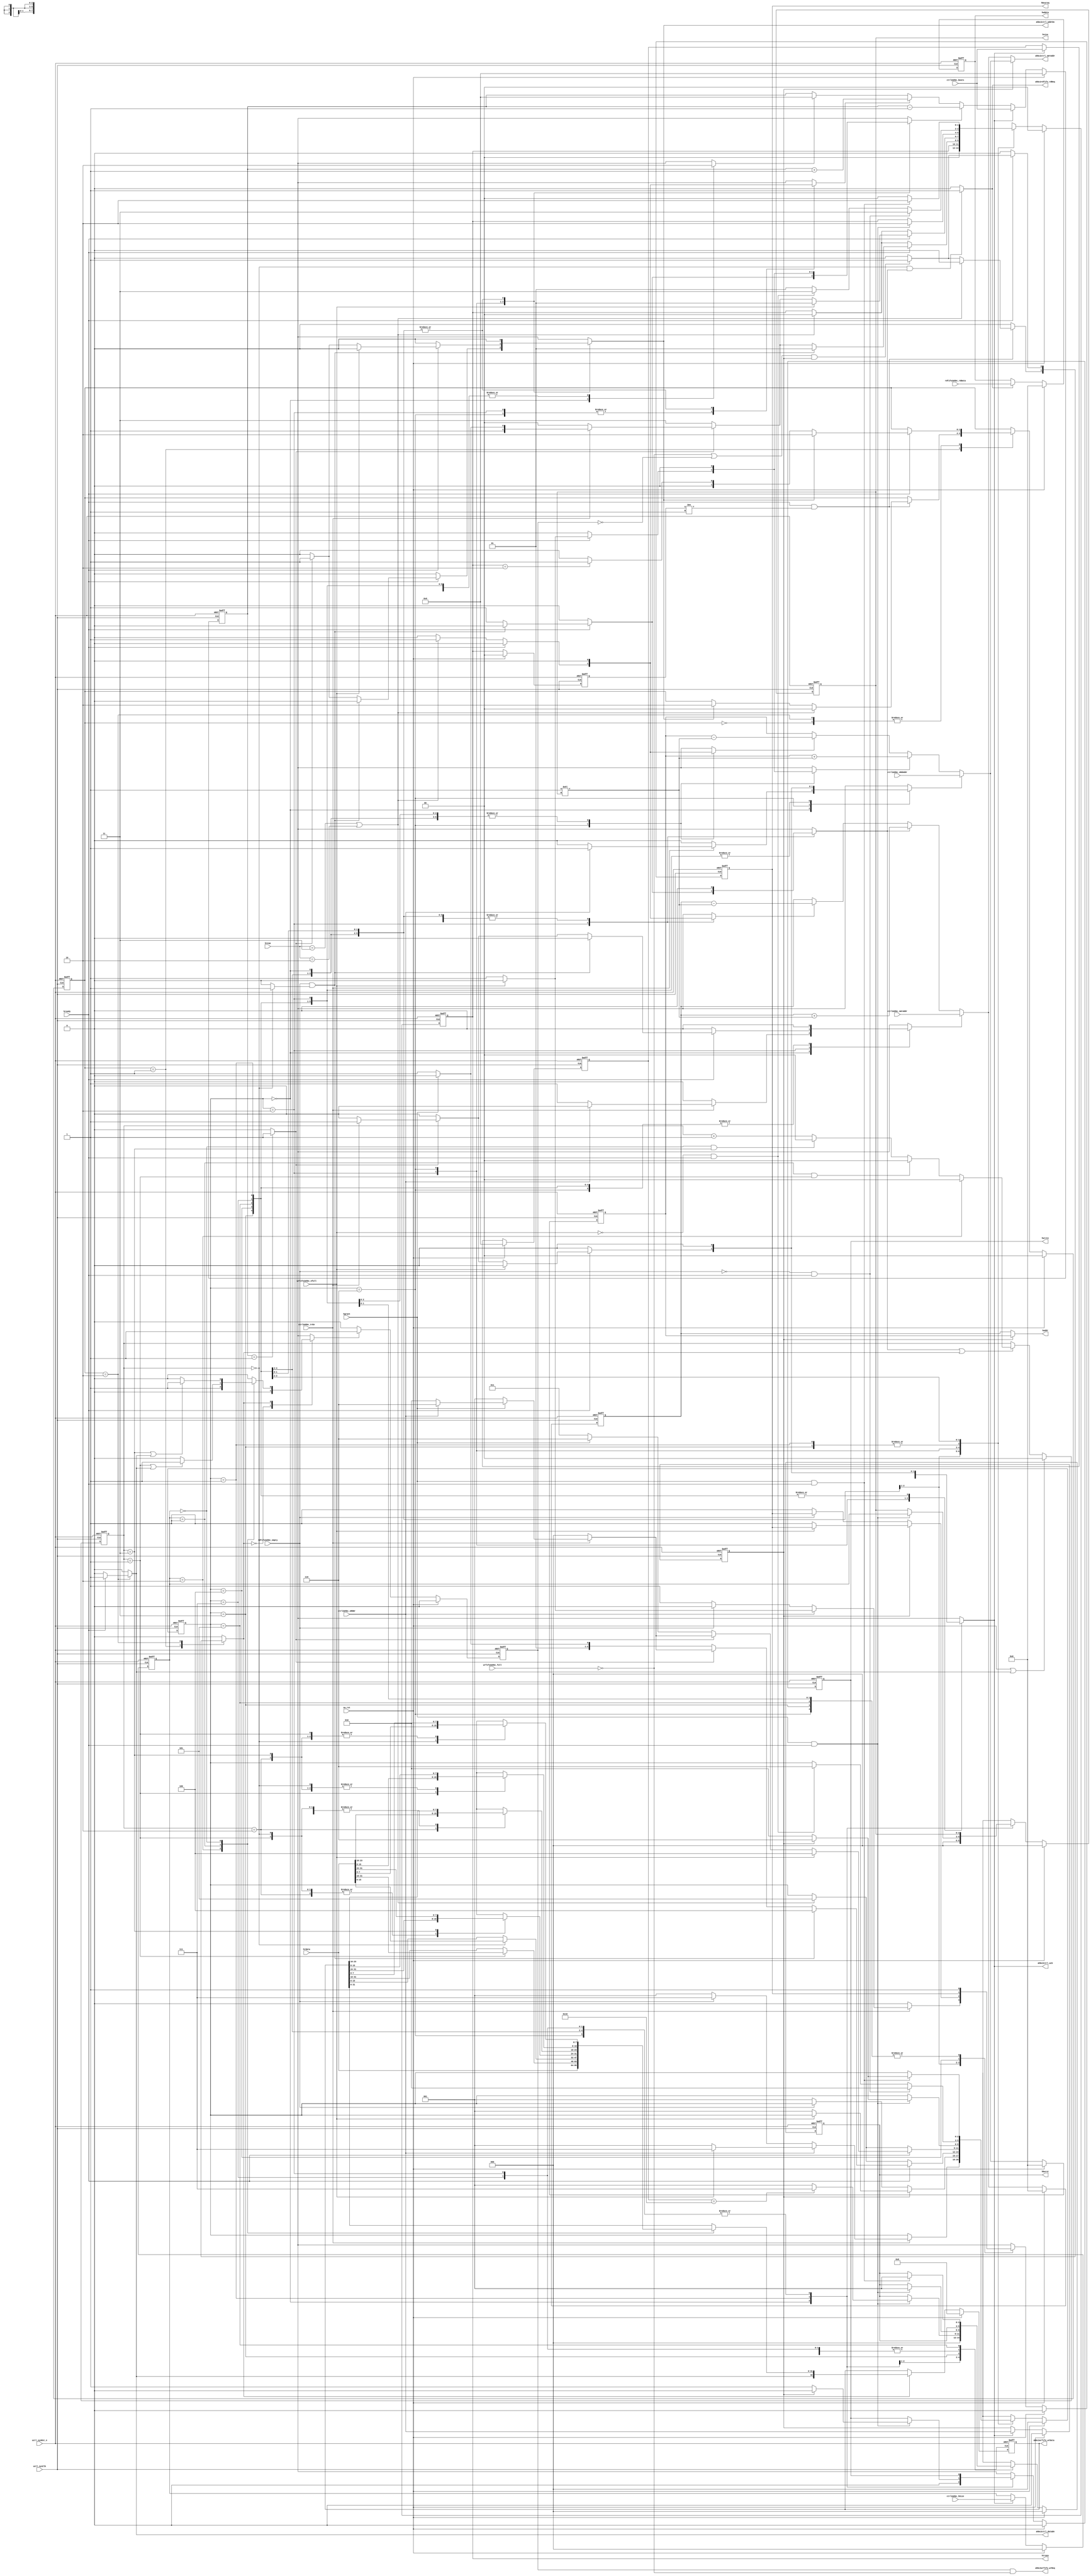
`timescale 1ns / 1ps
//-------------------------------------------------------------------
// Copyright  2012 TECHVULCAN, Inc. All rights reserved.		   
// TechVulcan Confidential and Proprietary
// Not to be used, copied reproduced in whole or in part, nor	   
// its contents							   
// revealed in any manner to others without the express written	   
// permission	of TechVulcan 					   
// Licensed Material.						   
// Program Property of TECHVULCAN Incorporated.	
// ------------------------------------------------------------------
// AUTHOR EMAIL	: anuj.pandey@techvulcan.com
// VERSION No.    : 0.4
//-------------------------------------------------------------------
//TODO fixes in 0.4
// 1. we were using ctrl2ahbc_sRdWr to check a condition while assinging haddr and ahbc2ctrl_sWrAddr bt now we are using ctrl2ahbc_sRdWr_loc.

//TODO fixes in 0.3
// 1. htrans_nxt we were making sequential without seeing Hready. Now we seeing hready while making it sequential from nonsequential.

//TODO  fixes in 0.2
// 1. hWrite issue has been resolved. Earlier it was going low for ahbWrite and high for ahbRead.


module uctl_ahbCore #(
   parameter CNTR_WD     = 20          ,                               
             ADDR_SIZE   = 32          ,
             DATA_SIZE   = 32

)(
   //---------------------------------------------------
   // global signals
   //---------------------------------------------------
   input  wire                   uctl_sysRst_n         , 

   //---------------------------------------------------
   // System clk and soft reset
   //---------------------------------------------------
   input  wire                   sw_rst                , 
   input  wire                   uctl_sysClk           , 
 
   //---------------------------------------------------
   //control logic signals
   //---------------------------------------------------

   input  wire                   ctrl2ahbc_trEn        , // enbl signl frm control logic 2 strt the trnsfr
   input  wire [4            :0] ctrl2ahbc_beats       , // no f beats in a burst ( length f trnsfr ) 
                                                         // wil count from 1 to 16
   input  wire [2            :0] ctrl2ahbc_hSize       , // width of transfer

   output reg                    ahbc2ctrl_ack         , // ack from ahb to ctrl logic dt info has recvd 
   output reg                    ahbc2ctrl_addrDn      , // after trsnfrin burst, done frm ahb 2 ctrl lgic  
   output reg                    ahbc2ctrl_dataDn      , // after trsnfrin whole data, done frm ahb 2 ctrl lgic
   output wire [31           :0] ahbc2ctrl_sWrAddr     ,

   input  wire [ADDR_SIZE  -1:0] ctrl2ahbc_sRdAddr     , // System memory address
   input  wire [ADDR_SIZE  -1:0] ctrl2ahbc_sWrAddr     ,
   input  wire                   ctrl2ahbc_sRdWr       , // Read or write operation ( 1 - read, 0 - write) 


   
   //---------------------------------------------------
   // RD FIFO signals
   //---------------------------------------------------
   output wire                   ahbc2rdfifo_rdReq     , 

   input  wire [DATA_SIZE  -1:0] rdfifo2ahbc_rdData    ,
   input  wire                   rdfifo2ahbc_empty     ,

   //---------------------------------------------------
   // WR FIFO signals
   //---------------------------------------------------
   output wire                   ahbc2wrfifo_wrReq     ,
   output wire [DATA_SIZE    :0] ahbc2wrfifo_wrData    ,

   input  wire                   wrfifo2ahbc_full      ,
   input  wire                   wrfifo2ahbc_nfull     ,


   //---------------------------------------------------
   // ahb slave interface
   //---------------------------------------------------

   output reg                    hbusreq               ,
   output reg                    hwrite                ,  
   output reg  [1            :0] htrans                ,
   output wire [ADDR_SIZE  -1:0] haddr                 ,
   output wire [DATA_SIZE  -1:0] hwdata                ,
   output reg  [2            :0] hsize                 ,   
   output reg  [2            :0] hburst                ,        

   input  wire [DATA_SIZE  -1:0] hrdata                ,
   input  wire                   hgrant                ,
   input  wire                   hready                ,
   input  wire [1            :0] hresp            
   );

   //---------------------------------------------------
   //internal wire/reg
   //---------------------------------------------------
   reg                     hwRegRdReq                  ;
   reg                     hrRegWrReq                  ;
   wire                    hrRegRdReq                  ;
   reg                     hrRegFull_f                 ; 

   reg                     set_hrRegFull_f             ;
   wire                    clr_hrRegFull_f             ;

   reg [1              :0] part_cntr                   ; 
   reg [4              :0] beat_cntr                   ; // reg loaded with no of bytes in a burst
   reg [ADDR_SIZE    -1:0] sys_RdAddr_loc              ;  
   reg [ADDR_SIZE    -1:0] sys_RdAddr_loc_nxt          ;  
   reg [ADDR_SIZE    -1:0] sys_WrAddr_loc              ;  
   reg [ADDR_SIZE    -1:0] sys_WrAddr_loc_nxt          ;  
                                                         
   reg [1              :0] htrans_d                    ;                   
                                                             
   reg                     sys_RdAddr_ld               ; 
   reg                     sys_WrAddr_ld               ;

   reg                     beat_cntr_decr              ; // decrement signal for byte counter
   reg                     beat_cntr_incr              ;

   reg                     sys_RdAddr_incr             ; // increment signal for sys add countr
   reg                     sys_WrAddr_incr             ; // increment signal for sys add countr

   reg [2              :0] cur_state_saddr             ; // current state for system address
   reg [2              :0] nxt_state_saddr             ; // next state for  system address

   reg [1              :0] cur_state_sdata             ; // current state of sys data
   reg [1              :0] nxt_state_sdata             ; // nxt state of sys data
 
   reg                     ctrl_param_ld               ; // signal which indicates whn 2 ld signls frm ctrl
   reg [2              :0] ctrlHsize_r                 ;
   reg [4              :0] ctrlBeats_r                 ; // if of 5 bits cz it wil count from 1 to 16
   reg [DATA_SIZE    -1:0] wdata_r                     ; // internal reg in ahb for storing data
   reg [DATA_SIZE      :0] rdata_r                     ;
   reg                     hbusreq_nxt                 ;
   reg [1              :0] htrans_nxt                  ;
   reg [2              :0] hsize_nxt                   ;
   reg [2              :0] hburst_nxt                  ;
   reg                     hwrite_nxt                  ;
   wire                    beat_cntr_is_1              ;    
   reg                     sys_WrAddr_decr             ;
   reg                     sys_RdAddr_decr             ;
   reg                     wtForDataDone               ;
   reg                     ctrl2ahbc_sRdWr_r           ;
   reg [DATA_SIZE      :0] rdata_r_nxt                 ;
   reg                     rst_part_cntr               ;
   wire                    part_reg_empty              ;
   reg                     rst_beat_cntr               ;

   //---------------------------------------------------
   // local param 
   //---------------------------------------------------
   //states for  address phase
   localparam IDLE    = 3'b000        ;
   localparam WTGNT   = 3'b001        ;
   localparam TRANSRD = 3'b010        ;//trsfr state whn readin from fifo
   localparam WTRGNT  = 3'b011        ;
   localparam BUSYST  = 3'b100        ;
   localparam SPRETST = 3'b101        ;
   localparam TRANSWR = 3'b110        ;//trsfr state whn writing into the fifo
   localparam WTDPRDY = 3'b111        ;

   //states for data phase
   localparam IDLED   = 3'b00         ,
              TRANS   = 3'b01         ,
              WTDDN   = 3'b10         ;

   //Hsize params
   localparam BYTE    = 3'b000        ;
   localparam HWORD   = 3'b001        ;
   localparam WORD    = 3'b010        ;   
 

   localparam HIDLE   = 2'b00         ;
   localparam HBUSY   = 2'b01         ;
   localparam NONSEQ  = 2'b10         ;
   localparam SEQ     = 2'b11         ;
   localparam INCR16  = 3'b111        ;
   localparam INCR    = 3'b001        ;

   localparam OKAY    = 2'b00         ;
   localparam ERROR   = 2'b01         ;
   localparam RETRY   = 2'b10         ;
   localparam SPLIT   = 2'b11         ;   

   localparam AHBRD   = 1'b1          ;
   localparam AHBWR   = 1'b0          ;

   //---------------------------------------------------
   //code starts from here
   //---------------------------------------------------

   // beat counter
   always @ (posedge uctl_sysClk or negedge uctl_sysRst_n) begin
      // beat_cntr is of 5 bits..it wil count from 1 to 16
      if(!uctl_sysRst_n) begin
         beat_cntr <= {5{1'b0}};             
      end
      else if(sw_rst) begin //TODO beat counter we have to rst whn ahbc2ctrl_dn is high ????
         beat_cntr <= {5{1'b0}};             
      end
      else begin
         if(ctrl_param_ld) begin
            beat_cntr <=ctrl2ahbc_beats;
         end
         else if (beat_cntr_decr)begin
            beat_cntr <= beat_cntr - 5'd1; 
         end
         else if(beat_cntr_incr)begin
            beat_cntr <= beat_cntr + 5'd1;
         end
         else if(rst_beat_cntr)begin
            beat_cntr <= 5'b00000;
         end
      end
   end


   always @ (posedge uctl_sysClk or negedge uctl_sysRst_n) begin
      if(!uctl_sysRst_n)begin
         htrans_d <= 2'b00;
      end
      else if(sw_rst) begin
         htrans_d <= 2'b00;
      end
      else begin
         htrans_d <= htrans;
      end
   end


   assign ahbc2rdfifo_rdReq   = (part_cntr == 2'b00 && hwRegRdReq == 1'b1) ? 1'b1: 1'b0;
   assign part_reg_empty      = (part_cntr == 2'b00) ? 1'b1: 1'b0;//TODO to be asked

   always @ (posedge uctl_sysClk or negedge uctl_sysRst_n) begin
      if(!uctl_sysRst_n)begin
         ctrl2ahbc_sRdWr_r <= 1'b0;
      end
      else if(sw_rst) begin
         ctrl2ahbc_sRdWr_r <= 1'b0;
      end
      else if(ctrl_param_ld)begin
         ctrl2ahbc_sRdWr_r <= ctrl2ahbc_sRdWr ;
      end
   end

   always @ (posedge uctl_sysClk or negedge uctl_sysRst_n) begin
      if(!uctl_sysRst_n) begin
         part_cntr <= {2{1'b0}};             
      end
      else if(sw_rst || rst_part_cntr) begin
         part_cntr <= {2{1'b0}};             
      end
      else begin
         if(hwRegRdReq || hrRegWrReq) begin
            if(ctrlHsize_r == WORD) begin
               part_cntr <= 2'b00;
            end
            else if (ctrlHsize_r == HWORD && part_cntr == 2'b01) begin
               part_cntr <= 2'b00;
            end
            else if (ctrlHsize_r == BYTE  && part_cntr == 2'b11) begin
               part_cntr <= 2'b00;
            end
            else begin
               part_cntr <= part_cntr + 1'b1;
            end
         end
      end
   end
  
   // system read address
   always@(*) begin
      if(sys_RdAddr_ld) begin
         sys_RdAddr_loc_nxt = ctrl2ahbc_sRdAddr;
      end
      else if(sys_RdAddr_incr)begin 
         sys_RdAddr_loc_nxt = sys_RdAddr_loc + (1<<hsize) ;
      end
      else if(sys_RdAddr_decr)begin
         sys_RdAddr_loc_nxt = sys_RdAddr_loc - (1<<hsize) ;
      end
      else begin
         sys_RdAddr_loc_nxt = sys_RdAddr_loc;
      end    
   end

   always @ (posedge uctl_sysClk or negedge uctl_sysRst_n) begin
      if(!uctl_sysRst_n) begin
         sys_RdAddr_loc <= {ADDR_SIZE{1'b0}};
      end
      else if(sw_rst) begin
         sys_RdAddr_loc <= {ADDR_SIZE{1'b0}};
      end
      else begin
         sys_RdAddr_loc <= sys_RdAddr_loc_nxt;
      end
   end

   // system write address
   always@(*) begin
      if(sys_WrAddr_ld) begin
         sys_WrAddr_loc_nxt = ctrl2ahbc_sWrAddr;
      end
      else if(sys_WrAddr_incr)begin 
         sys_WrAddr_loc_nxt = sys_WrAddr_loc + (1<<hsize) ;
      end
      else if(sys_WrAddr_decr)begin
         sys_WrAddr_loc_nxt = sys_WrAddr_loc - (1<<hsize) ;
      end
      else begin
         sys_WrAddr_loc_nxt = sys_WrAddr_loc;
      end    
   end

   always @ (posedge uctl_sysClk or negedge uctl_sysRst_n) begin
      if(!uctl_sysRst_n) begin
         sys_WrAddr_loc <= {ADDR_SIZE{1'b0}};
      end
      else if(sw_rst) begin
         sys_WrAddr_loc <= {ADDR_SIZE{1'b0}};
      end
      else begin
        sys_WrAddr_loc  <= sys_WrAddr_loc_nxt;

      end
   end

   //TODO: Merge the rd and wr addr counters
   assign ahbc2ctrl_sWrAddr =  (ctrl2ahbc_sRdWr_r == AHBWR) ? sys_WrAddr_loc_nxt : sys_RdAddr_loc_nxt;

   always @ (posedge uctl_sysClk or negedge uctl_sysRst_n) begin
      if(!uctl_sysRst_n) begin
         ctrlBeats_r <= 5'b00000;
         ctrlHsize_r <= 3'b000;
      end
      else if(sw_rst) begin
         ctrlBeats_r <= 5'b00000;
         ctrlHsize_r <= 3'b000;
      end
      else if (ctrl_param_ld) begin
         ctrlBeats_r <= ctrl2ahbc_beats;
         ctrlHsize_r <= ctrl2ahbc_hSize;
      end
      else begin
         ctrlBeats_r <= ctrlBeats_r; 
         ctrlHsize_r <= ctrlHsize_r; 
      end
      
   end

  always @ (posedge uctl_sysClk or negedge uctl_sysRst_n) begin
      if(!uctl_sysRst_n) begin
         wdata_r <= {DATA_SIZE{1'b0}};
		end
      else if(sw_rst) begin
         wdata_r <= {DATA_SIZE{1'b0}};
		end
      else begin
         if(ahbc2rdfifo_rdReq) begin
            wdata_r <= rdfifo2ahbc_rdData;
         end
      end
   end

   assign haddr  = (ctrl2ahbc_sRdWr_r == AHBWR) ? sys_WrAddr_loc : sys_RdAddr_loc ;

   assign hwdata = wdata_r;
  
   always@(*) begin
      rdata_r_nxt = {ahbc2ctrl_dataDn, rdata_r[31:0]};
      case (ctrlHsize_r)
         WORD: begin
            rdata_r_nxt[31:0] = hrdata;
         end
         HWORD: begin
            case(part_cntr)
               2'b00    : rdata_r_nxt[15:00] = hrdata[15:00];
               2'b01    : rdata_r_nxt[31:16] = hrdata[31:16];
            endcase
         end
         BYTE: begin
            case(part_cntr)
               2'b00    : rdata_r_nxt[07:00] = hrdata[07:00];
               2'b01    : rdata_r_nxt[15:08] = hrdata[15:08];
               2'b10    : rdata_r_nxt[23:16] = hrdata[23:16];
               2'b11    : rdata_r_nxt[31:24] = hrdata[31:24];
            endcase
         end
      endcase
   end

   always@(posedge uctl_sysClk or negedge uctl_sysRst_n)begin
      if(!uctl_sysRst_n)begin
         rdata_r <= {DATA_SIZE{1'b0}};
      end
      else if(sw_rst)begin
         rdata_r <= {DATA_SIZE{1'b0}};
      end
      else begin
         if(hrRegWrReq) begin
            rdata_r <= rdata_r_nxt; 
         end
      end
   end
   assign ahbc2wrfifo_wrData = rdata_r;
   
   assign hrRegRdReq = (hrRegFull_f && !wrfifo2ahbc_full);
   assign ahbc2wrfifo_wrReq = hrRegRdReq; 

   assign clr_hrRegFull_f = 1'b1;
   always@(*) begin
      set_hrRegFull_f = 1'b0;
      case (hrRegWrReq)
         1'b0: begin
            set_hrRegFull_f = 1'b0;
         end
         1'b1: begin
            case (ctrlHsize_r)
               WORD: begin
                  set_hrRegFull_f = 1'b1;
               end
               HWORD: begin
                  if(part_cntr == 2'b01 || ahbc2ctrl_dataDn == 1'b1)begin
                     set_hrRegFull_f = 1'b1;
                  end
                  else begin
                     set_hrRegFull_f = 1'b0;
                  end
               end
               BYTE: begin
                  if(part_cntr == 2'b11 || ahbc2ctrl_dataDn == 1'b1) begin
                     set_hrRegFull_f = 1'b1;
                  end
                  else begin
                     set_hrRegFull_f = 1'b0;
                  end
               end
            endcase
         end
      endcase
   end

   always @ (posedge uctl_sysClk or negedge uctl_sysRst_n) begin
      if(!uctl_sysRst_n) begin
         hrRegFull_f <= 1'b0;
      end
      else if (sw_rst) begin
         hrRegFull_f <= 1'b0;
      end
      else begin
         if(set_hrRegFull_f) begin
            hrRegFull_f <= 1'b1;
         end
         else if(clr_hrRegFull_f) begin
            hrRegFull_f <= 1'b0;
         end
      end
   end


   
   always @ (posedge uctl_sysClk or negedge uctl_sysRst_n) begin
      if(!uctl_sysRst_n) begin
         hbusreq <= 1'b0;                     
         htrans  <= HIDLE;                     
         hsize   <= 3'b000;                     
         hburst  <= 3'b000;  
         hwrite  <= 1'b0;                    
      end   
      else if(sw_rst) begin
         hbusreq <= 1'b0;                     
         htrans  <= HIDLE;                     
         hsize   <= 3'b000;                     
         hburst  <= 3'b000;  
         hwrite  <= 1'b0;                    
      end   
      else begin
         hbusreq <= hbusreq_nxt;                     
         htrans  <= htrans_nxt;                     
         hsize   <= hsize_nxt;                     
         hburst  <= hburst_nxt;
         hwrite  <= hwrite_nxt;
      end 
   end

   assign beat_cntr_is_1 = (beat_cntr == 5'b00001) ? 1'b1 : 1'b0;


   // sys address state machine
   // -------------------------------------
   always@(*) begin
      nxt_state_saddr   = cur_state_saddr;
      hwrite_nxt        = hwrite; 
      hbusreq_nxt       = hbusreq;
      htrans_nxt        = htrans;                     
      hburst_nxt        = hburst;
      ahbc2ctrl_ack     = 1'b0;
      hsize_nxt         = hsize;
      wtForDataDone     = 1'b0;
      ahbc2ctrl_addrDn  = 1'b0;
      ctrl_param_ld     = 1'b0;
      hwRegRdReq        = 1'b0;
      beat_cntr_decr    = 1'b0;
      beat_cntr_incr    = 1'b0;
      sys_RdAddr_ld     = 1'b0;
      sys_WrAddr_ld     = 1'b0;
      sys_WrAddr_decr   = 1'b0;
      sys_RdAddr_decr   = 1'b0;
      sys_WrAddr_incr   = 1'b0;
      sys_RdAddr_incr   = 1'b0;
      rst_beat_cntr     = 1'b0;
      case(cur_state_saddr) 
         // default state 
         IDLE: begin//{
            htrans_nxt = HIDLE;
            hwrite_nxt = 1'b0;
            hbusreq_nxt= 1'b0;
            hburst_nxt = 3'b000;
            hsize_nxt  = BYTE;
            rst_beat_cntr = 1'b1;
            if(ctrl2ahbc_trEn == 1'b1)begin
               ctrl_param_ld        = 1'b1;  
               ahbc2ctrl_ack        = 1'b1;
               if(ctrl2ahbc_sRdWr== AHBRD)begin
                  sys_RdAddr_ld  = 1'b1;
                  if(wrfifo2ahbc_nfull == 1'b1) begin
                     nxt_state_saddr = WTDPRDY;
                  end
                  else begin
                     nxt_state_saddr    = WTGNT;
                     hbusreq_nxt        = 1'b1;
                  end
               end
               else begin
                  sys_WrAddr_ld  = 1'b1;
                  if(rdfifo2ahbc_empty) begin
                     nxt_state_saddr = WTDPRDY;
                  end
                  else begin
                     nxt_state_saddr    = WTGNT;
                     hbusreq_nxt        = 1'b1;
                  end
               end
            end

         end//}

         WTDPRDY: begin
            if(ctrl2ahbc_sRdWr_r == AHBRD) begin
               if(wrfifo2ahbc_nfull == 1'b0) begin
                  hbusreq_nxt     = 1'b1;
                  nxt_state_saddr = WTGNT;
               end
            end
            else begin
               if(!rdfifo2ahbc_empty) begin
                  hbusreq_nxt     = 1'b1;
                  nxt_state_saddr = WTGNT;
               end
            end
         end

         // state when waiting for Bus grant
         WTGNT:  begin
            hbusreq_nxt          = 1'b1;
            if(hgrant == 1'b1 && hready == 1'b1) begin
               htrans_nxt          = NONSEQ;
               hsize_nxt           = ctrlHsize_r;

               if(ctrl2ahbc_sRdWr_r==AHBWR)     begin
                  nxt_state_saddr  = TRANSRD; //ahbWrite
                  hwrite_nxt       = 1'b1;
               end
               else begin
                  nxt_state_saddr  = TRANSWR; //ahbRead
                  hwrite_nxt       = 1'b0;
               end

               if(ctrlBeats_r == 5'b10000)       begin
                  hburst_nxt       = INCR16; 
               end
               else begin
                  hburst_nxt       = INCR;
               end
            end
         end


         // transfer state for reading from fifo--write state w.r.t ahb slave 
         TRANSRD: begin // ahbWrite
            hbusreq_nxt      = 1'b1;
            if(hready)begin
               htrans_nxt       = SEQ;
               if(rdfifo2ahbc_empty && part_reg_empty)begin
                  nxt_state_saddr = BUSYST;               
                  htrans_nxt      = HBUSY;
               end
               else begin//{
                  hwRegRdReq  = 1'b1;
                  sys_WrAddr_incr   = 1'b1;
                  beat_cntr_decr   = 1'b1;
                  // The last address phase is going on
                  if(beat_cntr_is_1) begin
                     if(ctrl2ahbc_trEn) begin
                        ctrl_param_ld   = 1'b1;
                        sys_WrAddr_ld   = 1'b1;
                        hbusreq_nxt     = 1'b1;
                        ahbc2ctrl_ack   = 1'b1;
                        if(hgrant)  begin
                           if(ctrl2ahbc_sRdWr == AHBWR)begin
                              nxt_state_saddr   = TRANSRD;
                           end 
                           else begin
                              nxt_state_saddr   = TRANSWR;
                           end               
                           htrans_nxt        = NONSEQ; // new burst
                        end
                        else begin
                           nxt_state_saddr = WTGNT;
                        end
                     end
                     else begin
                        nxt_state_saddr = IDLE;               
                        htrans_nxt      = HIDLE;
                     end
                     wtForDataDone    =  1'b1;
                     ahbc2ctrl_addrDn =  1'b1;
                  end
                  else if (hgrant) begin
                     nxt_state_saddr  = TRANSRD;
                  end
                  else if (~hgrant) begin 
                     // Lost the grant in the mid of transfer.
                     // wait for grant again. This time we
                     // always go for INCR.
                     nxt_state_saddr = WTRGNT;
                  end
               end//}
            end
            else if(hresp == SPLIT || hresp == RETRY)begin
               nxt_state_saddr = SPRETST;
               htrans_nxt      = HIDLE;
               sys_WrAddr_decr = 1'b1;
               beat_cntr_incr  = 1'b1;
               hbusreq_nxt     = 1'b1;
            end//hready
         end
         
         // transfr state for writing into the fifo..reading w.r.t ahb slave
         TRANSWR: begin // ahbRead
            hbusreq_nxt          = 1'b1;
            if(hready)begin
               htrans_nxt           = SEQ;
               if(wrfifo2ahbc_nfull == 1'b1)begin
                  nxt_state_saddr = BUSYST;               
                  htrans_nxt      = HBUSY;
               end
               else begin//{
                  beat_cntr_decr   = 1'b1;
                  sys_RdAddr_incr  = 1'b1;
                  // The last address phase is going on
                  if(beat_cntr_is_1) begin
                     if(ctrl2ahbc_trEn) begin
                        if(hgrant)  begin
                           if(ctrl2ahbc_sRdWr == AHBWR)begin
                              nxt_state_saddr   = TRANSRD;
                           end 
                           else begin
                              nxt_state_saddr   = TRANSWR;
                           end               
                           htrans_nxt      = NONSEQ; // new burst
                        end
                        else begin
                           nxt_state_saddr = WTGNT;
                        end
                        ctrl_param_ld     = 1'b1;
                        sys_RdAddr_ld     = 1'b1;
                        hbusreq_nxt       = 1'b1;
                        ahbc2ctrl_ack     = 1'b1;
                     end
                     else begin
                        nxt_state_saddr = IDLE;               
                        htrans_nxt      = HIDLE;
                     end
                     wtForDataDone    = 1'b1;
                     ahbc2ctrl_addrDn = 1'b1;
                  end
                  else if (hgrant) begin
                     nxt_state_saddr  = TRANSWR;
                  end
                  else if (~hgrant) begin 
                     // Lost the grant in the mid of transfer.
                     // wait for grant again. This time we
                     // always go for INCR.
                     nxt_state_saddr = WTRGNT;
                  end
               end//}
            end
            else if(hresp == SPLIT || hresp == RETRY)begin
               nxt_state_saddr = SPRETST;
               htrans_nxt      = HIDLE;
               sys_RdAddr_decr = 1'b1;
               beat_cntr_incr  = 1'b1;
               hbusreq_nxt     = 1'b1;
            end//hready

         end


         // wait for Re-grant state
         WTRGNT: begin
            hbusreq_nxt          = 1'b1;
            if(hgrant && hready)begin
               htrans_nxt       = NONSEQ;  // new transfer
               hburst_nxt       = INCR;    // always INCR

               if(ctrl2ahbc_sRdWr_r==AHBWR)begin
                  nxt_state_saddr  = TRANSRD;
               end
               else begin
                  nxt_state_saddr  = TRANSWR;
               end
            end
         end
         
         // when fifo is either full or empty
         BUSYST: begin
            if(!rdfifo2ahbc_empty && hready)begin
               nxt_state_saddr = TRANSRD;               
               htrans_nxt      = SEQ;
            end
            else if(!wrfifo2ahbc_nfull && hready)begin
               nxt_state_saddr = TRANSWR;               
               htrans_nxt      = SEQ;
            end
            else begin
               htrans_nxt      = HBUSY;
            end
         end


         //split-retry state
         SPRETST: begin                                          
            hbusreq_nxt = 1'b1;
            if(hgrant & hready) begin
               if(ctrl2ahbc_sRdWr_r==AHBWR)begin
                  nxt_state_saddr = TRANSRD;
               end
               else begin
                  nxt_state_saddr = TRANSWR;
               end
               htrans_nxt = NONSEQ;
               hburst_nxt= INCR;
            end
            else begin
               htrans_nxt = HIDLE;
            end
         end

      endcase
    end

   //state machine for system data
   always@(*) begin
      nxt_state_sdata   = cur_state_sdata;
      ahbc2ctrl_dataDn  = 1'b0;
      rst_part_cntr     = 1'b0;
      hrRegWrReq        = 1'b0;

      case(cur_state_sdata) 

         IDLED: begin
            if(hready) begin
               if(wtForDataDone) begin
                  nxt_state_sdata = WTDDN;
               end
               else if (htrans == NONSEQ) begin
                  nxt_state_sdata = TRANS;
               end 
               else begin
                  nxt_state_sdata = IDLED;
               end
            end
         end

         TRANS : begin
            if(hready && htrans_d != HBUSY) begin
               if(hresp == RETRY || hresp == SPLIT) begin
                  hrRegWrReq = 1'b0;
                  nxt_state_sdata = IDLED;
               end
               else begin
                  if(wtForDataDone) begin
                     nxt_state_sdata = WTDDN;
                  end
                  if((!wrfifo2ahbc_full || !hrRegFull_f)&&ctrl2ahbc_sRdWr_r == AHBRD) begin
                     hrRegWrReq = 1'b1;
                  end
               end
            end
         end

         WTDDN: begin//{
            if(hready) begin
               ahbc2ctrl_dataDn = 1'b1;
               rst_part_cntr    = 1'b1;
               if(wtForDataDone) begin
                  nxt_state_sdata = WTDDN;
               end
               else if (htrans == NONSEQ) begin
                  nxt_state_sdata = TRANS;
               end 
               else begin
                  nxt_state_sdata = IDLED;
               end

               if((!wrfifo2ahbc_full || !hrRegFull_f)&&ctrl2ahbc_sRdWr_r==AHBRD) begin
                  hrRegWrReq = 1'b1;
               end

            end
         end//}
      endcase

   end
    

   // for system address
   always@(posedge uctl_sysClk or negedge uctl_sysRst_n) begin
      if(!uctl_sysRst_n) begin
         cur_state_saddr <= IDLE;
      end
      else if (sw_rst) begin
         cur_state_saddr <=  IDLE;
      end
      else begin
         cur_state_saddr <= nxt_state_saddr;
      end
   end 


   // for system data
   always@(posedge uctl_sysClk or negedge uctl_sysRst_n) begin
      if(!uctl_sysRst_n) begin
         cur_state_sdata <= IDLE;
      end
      else if (sw_rst) begin
         cur_state_sdata <=  IDLE;
      end
      else begin
         cur_state_sdata <= nxt_state_sdata;
      end
   end 

endmodule